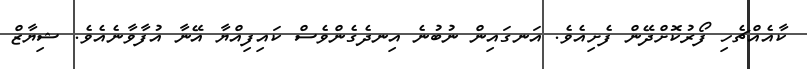
ކާއެއްޗެހި ފޯރުކޮށްދޭން ފެށިއެވެ. އަނގައިން ނުބުނެ އިނދެގެންވެސް ކައިފިއްޔާ އޭނާ އުފާވާނެއެވެ. ޝިޔާޒް